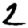
Digit: 2